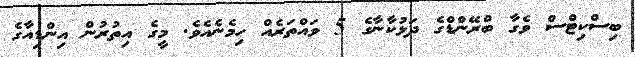
ބިސްކިޓްސް ވެގާ ބްރޭންޑްގެ ދަޅުކާނާގެ 5 ވައްތަރެއް ހިމެނެއެވެ. މީގެ އިތުރުން އިންޑިއާގެ